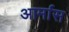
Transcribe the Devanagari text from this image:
आर्मास